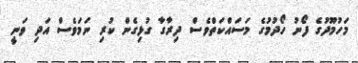
މަހުމޫދުގެ ފޯނު ހޯދުމުގެ މަސައްކަތްވެސް ދިރާގާ ގުޅިގެން ކުރި ނަމަވެސް އަދި ވަނީ